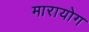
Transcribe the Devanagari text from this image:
मारायोग